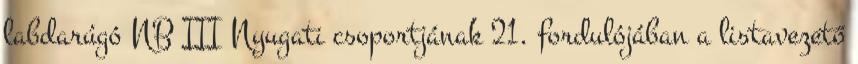
labdarúgó NB III Nyugati csoportjának 21. fordulójában a listavezető